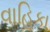
વાહિકા